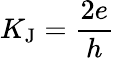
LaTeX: K_{\mathrm{J}}={\frac{2e}{h}}